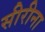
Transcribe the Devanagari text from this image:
सीरीना